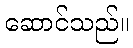
ဆောင်သည်။